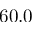
6 0 . 0